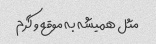
مثل همیشه به موقع و گرم